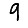
Digit: 9